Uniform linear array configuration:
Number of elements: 32
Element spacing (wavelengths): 0.75
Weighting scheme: uniform
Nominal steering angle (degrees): -45
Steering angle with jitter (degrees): -44.017
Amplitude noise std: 0.05
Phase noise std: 0.05

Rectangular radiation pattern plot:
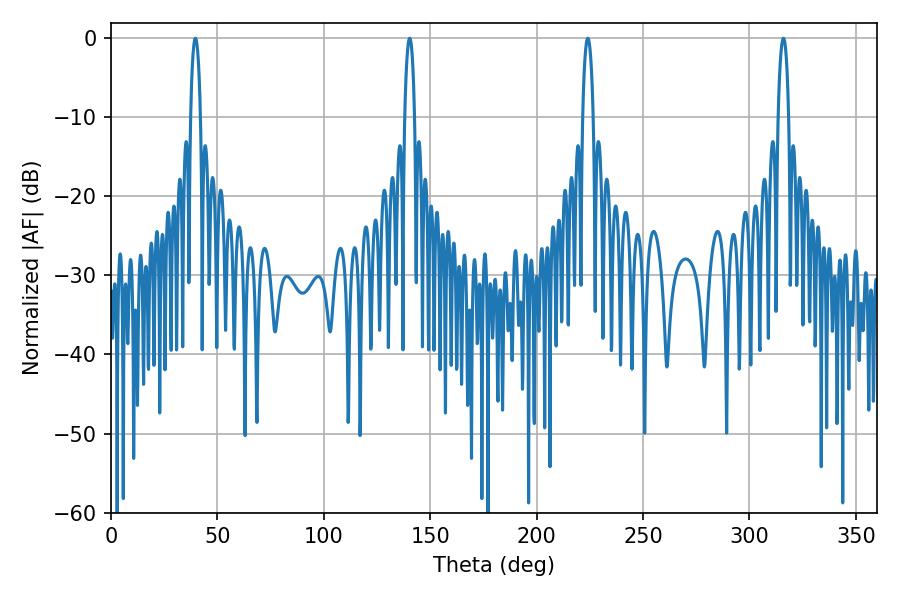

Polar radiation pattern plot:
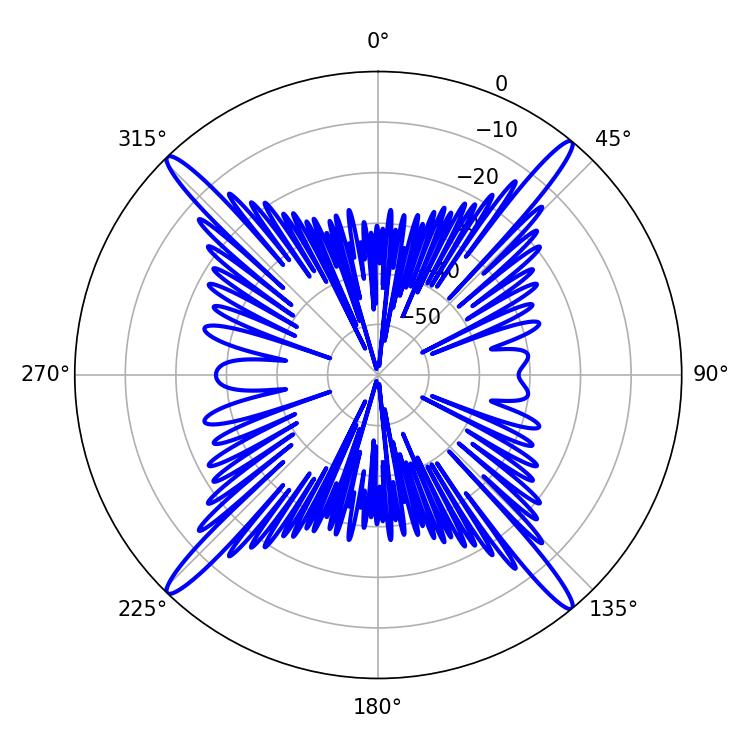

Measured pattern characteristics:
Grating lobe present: TRUE
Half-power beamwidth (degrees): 2.7
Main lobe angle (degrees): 39.6